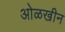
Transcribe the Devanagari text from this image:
ओळखीन